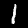
Digit: 1